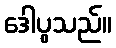
ဒေါပွသည်။